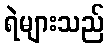
ရဲများသည်